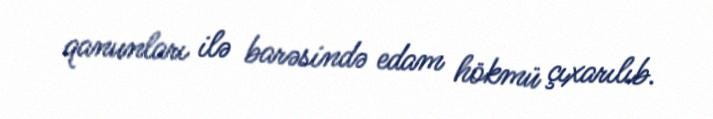
qanunları ilə barəsində edam hökmü çıxarılıb.